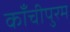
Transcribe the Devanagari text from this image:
काँचीपुरम